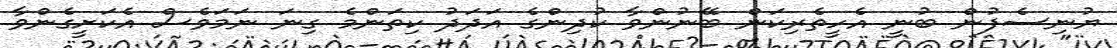
ޔުނިސެފުން ބުނީ އެހީތެރިކަން ބޭނުންވާ ކުދިންގެ އަދަދު ކިތަންމެ ގިނަ ނަމަވެސް އެކަށީގެންވާ